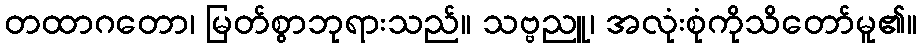
တထာဂတော၊ မြတ်စွာဘုရားသည်။ သဗ္ဗညူ၊ အလုံးစုံကိုသိတော်မူ၏။